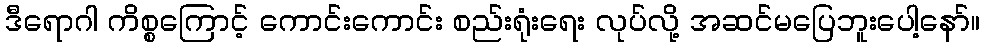
ဒီရောဂါ ကိစ္စကြောင့် ကောင်းကောင်း စည်းရုံးရေး လုပ်လို့ အဆင်မပြေဘူးပေါ့နော်။